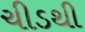
ચીડથી